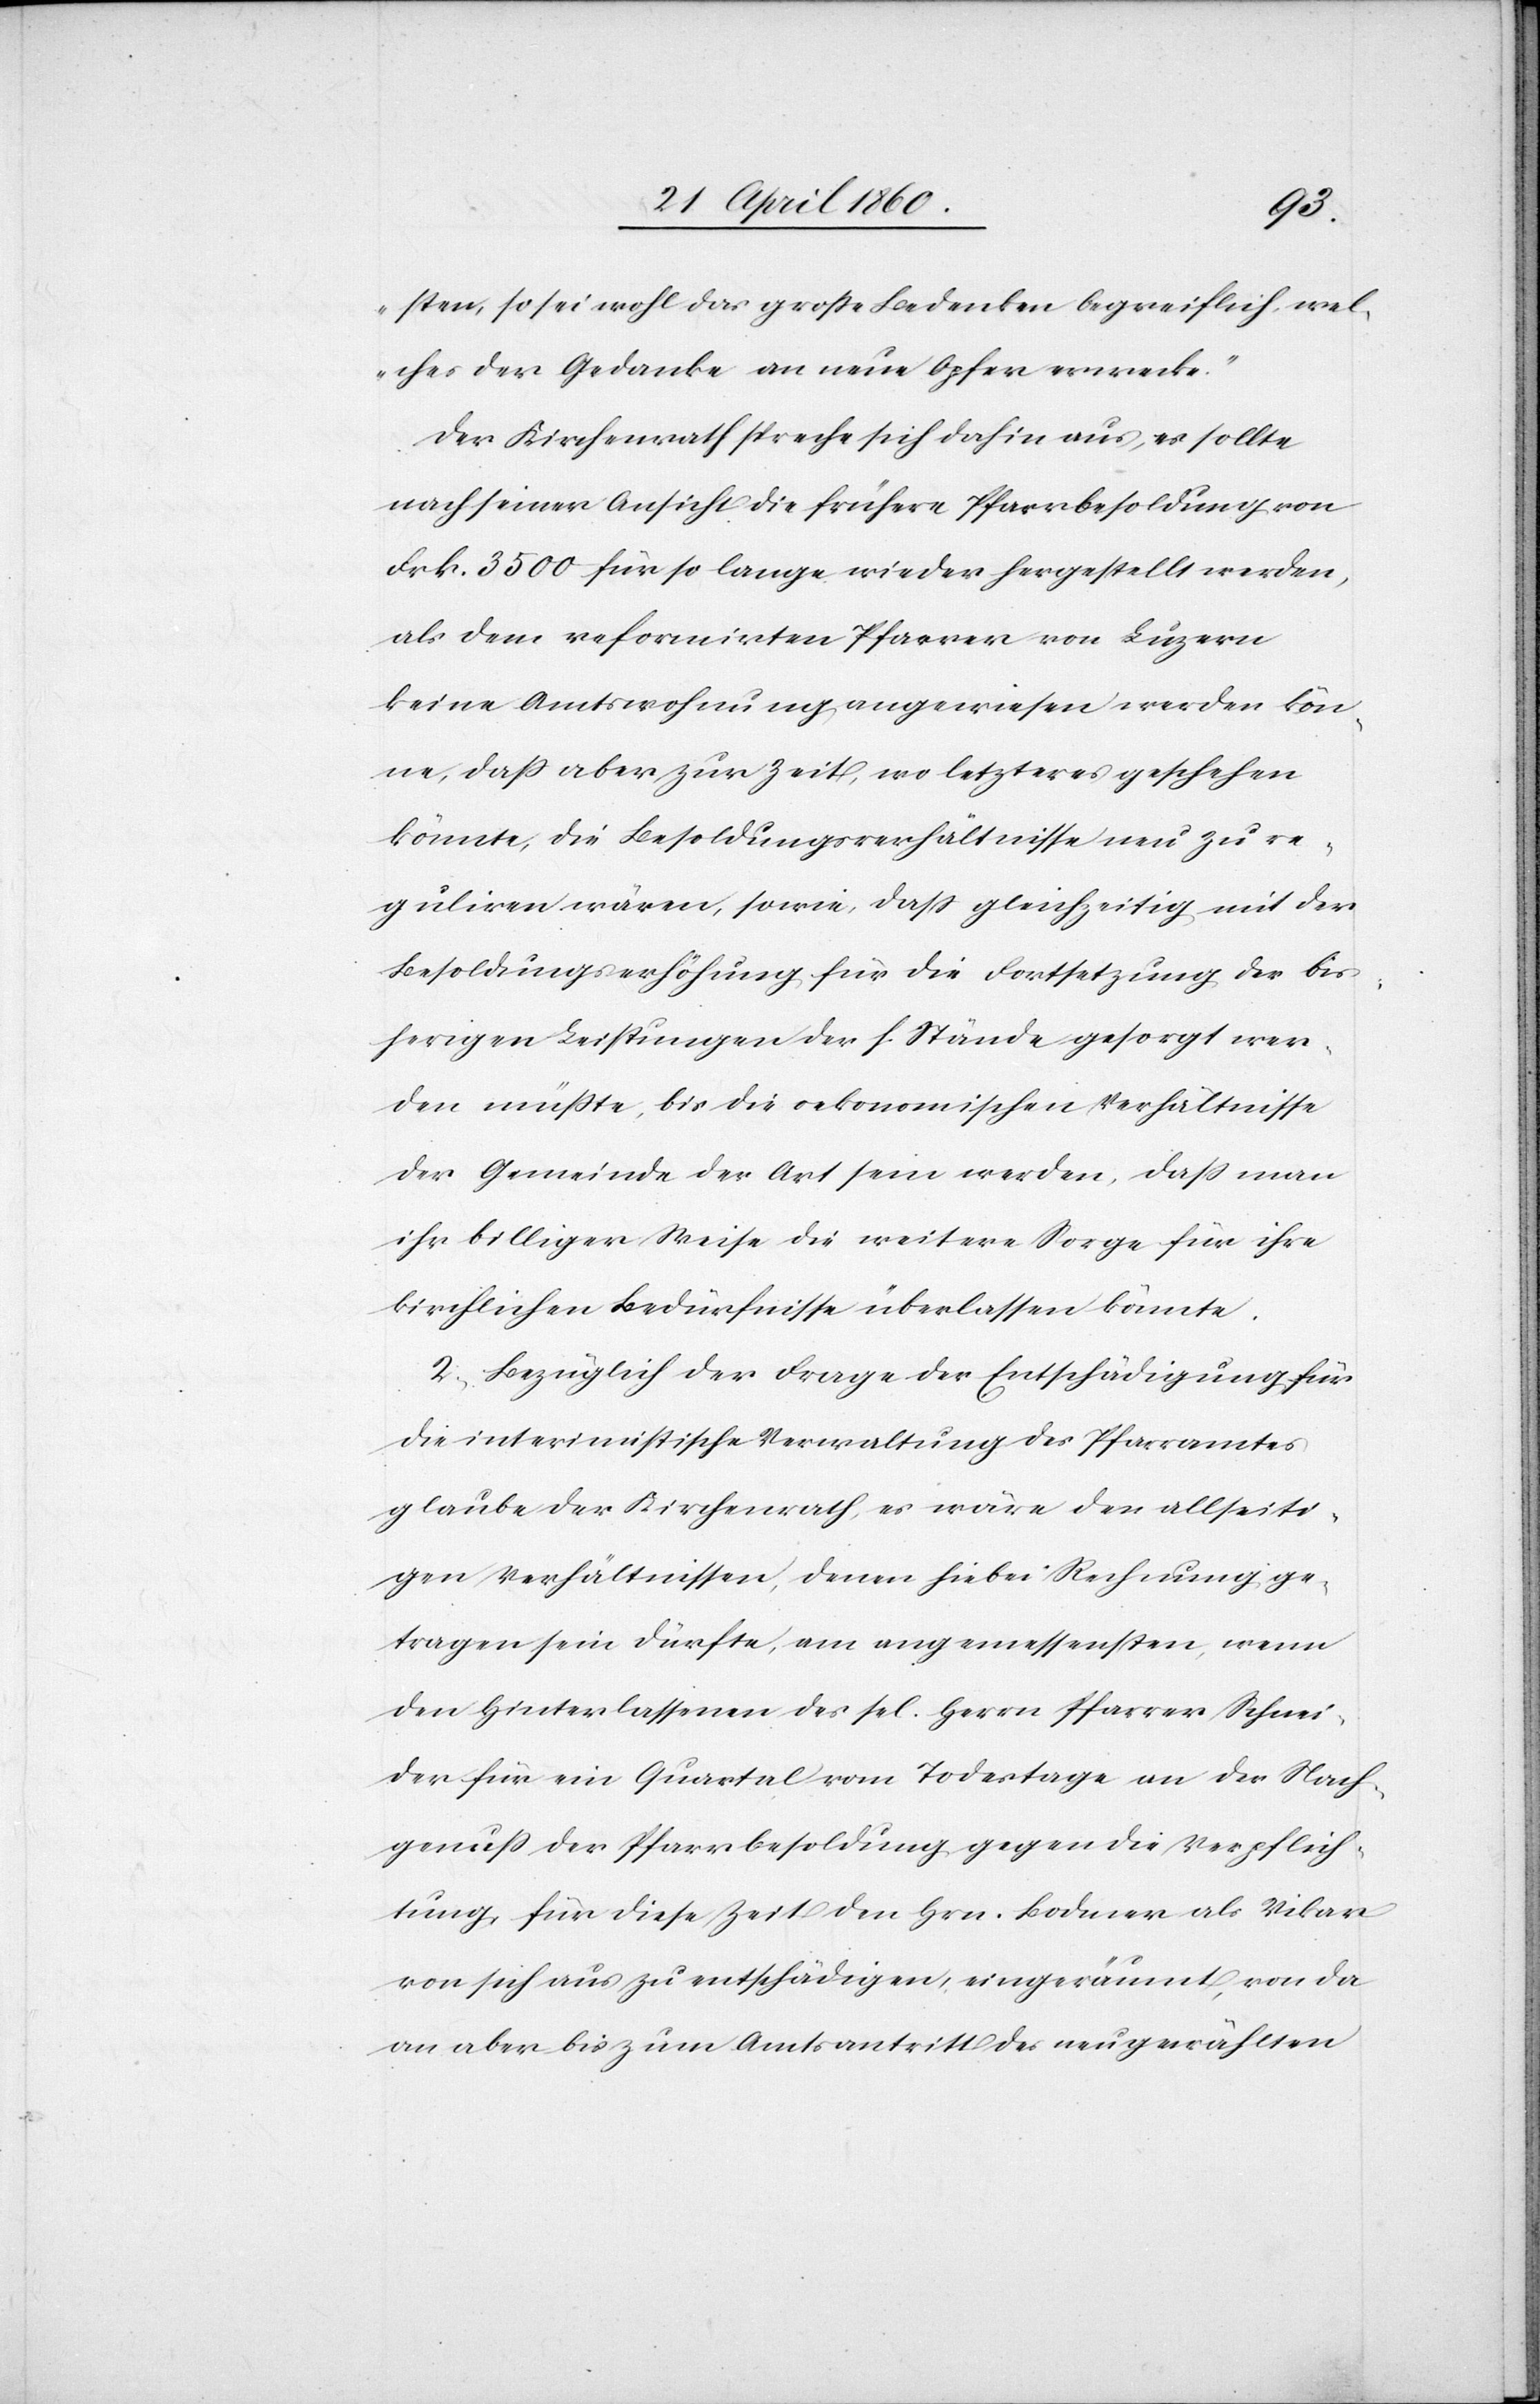
sten, so sei wohl das grosse Bedenken begreiflich, wel¬
ches der Gedanke an neue Opfer erwecke.“
Der Kirchenrath spreche sich dahin aus, es sollte
nach seiner Ansicht die frühere Pfarrbesoldung von
Frk. 3500 für so lange wieder hergestellt werden,
als dem reformirten Pfarrer von Luzern
keine Amtswohnung angewiesen werden kön¬
ne, dass aber zur Zeit, wo letzteres geschehen
könnte, die Besoldungsverhältnisse neu zu re¬
guliren wären, sowie, dass gleichzeitig mit der
Besoldungserhöhung für die Fortsetzung der bis¬
herigen Leistungen der h. Stände gesorgt wer¬
den müsste, bis die oekonomischen Verhältnisse
der Gemeinde der Art sein werden, dass man
ihr billiger Weise die weitere Sorge für ihre
kirchlichen Bedürfnisse überlassen könnte.
2. Bezüglich der Frage der Entschädigung für
die interimistische Verwaltung des Pfarramtes
glaube der Kirchenrath, es wäre den allseiti¬
gen Verhältnissen, denen hiebei Rechnung ge¬
tragen sein dürfte, am angemessensten, wenn
den Hinterlassenen des sel. Herrn Pfarrer Schnei¬
der für ein Quartal vom Todestage an der Nach¬
genuss der Pfarrbesoldung gegen die Verpflich¬
tung, für diese Zeit den Hrn. Bodmer als Vikar
von sich aus zu entschädigen, eingeräumt, von da
an aber bis zum Amtsantritt des neugewählten